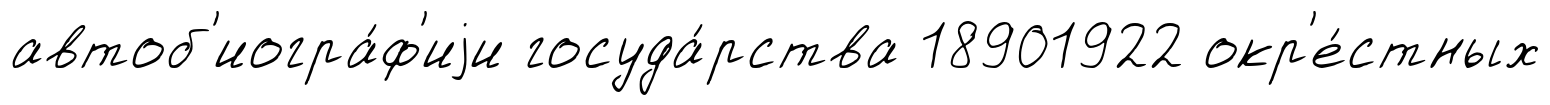
автоб'иогра́ф'иjи госуда́рства 18901922 окр'е́стных